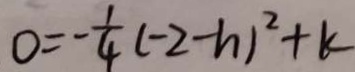
0 = - \frac { 1 } { 4 } ( - 2 - h ) ^ { 2 } + k